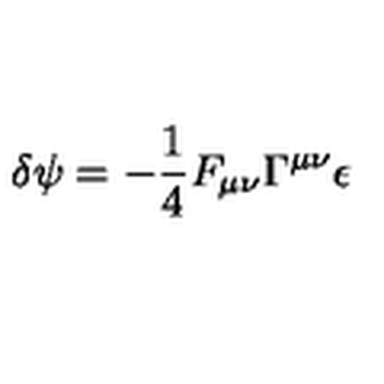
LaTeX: \delta \psi = - \frac { 1 } { 4 } F _ { \mu \nu } \Gamma ^ { \mu \nu } \epsilon